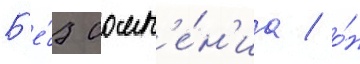
Б'е́з сомн'е́н'иа / о́н